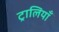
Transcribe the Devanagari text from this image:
ट्रालियाँ